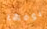
نومها